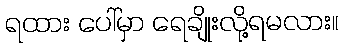
ရထား ပေါ်မှာ ရေချိုးလို့ရမလား။